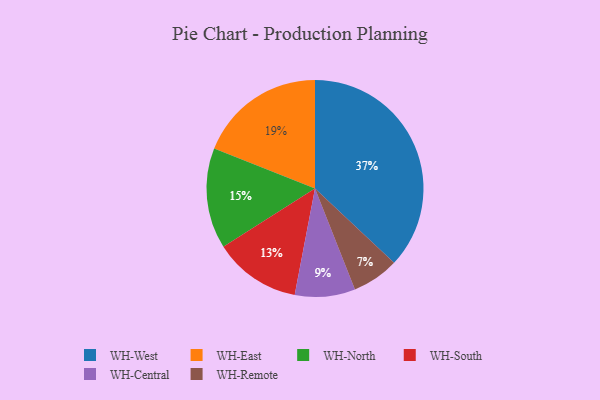
{"axis": {"x": "Category", "y": "Percentage"}, "legend": ["WH-Central", "WH-East", "WH-North", "WH-Remote", "WH-South", "WH-West"], "data": [{"x": "WH-West", "y": 37, "type": "WH-West"}, {"x": "WH-Remote", "y": 7, "type": "WH-Remote"}, {"x": "WH-North", "y": 15, "type": "WH-North"}, {"x": "WH-Central", "y": 9, "type": "WH-Central"}, {"x": "WH-South", "y": 13, "type": "WH-South"}, {"x": "WH-East", "y": 19, "type": "WH-East"}]}